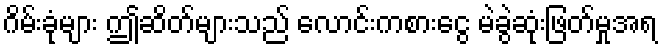
ဂိမ်းခုံများ ဤဆိတ်များသည် လောင်းကစားငွေ မဲခွဲဆုံးဖြတ်မှုအရ